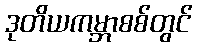
ဒုတိယကမ္ဘာစစ်တွင်